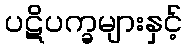
ပဋိပက္ခများနှင့်